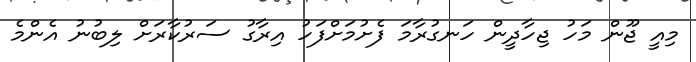
މިއީ ޖޫން މަހު ޖިހާދީން ހަނގުރާމަ ފެށުމަށްފަހު އިރާގު ސަރުކާރަށް ލިބުނު އެންމެ